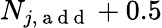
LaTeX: N_{j,\mathrm{~a~d~d~}}+0.5